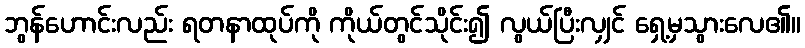
ဘွန်ဟောင်းလည်း ရတနာထုပ်ကို ကိုယ်တွင်သိုင်း၍ လွယ်ပြီးလျှင် ရှေ့မှသွားလေ၏။